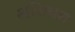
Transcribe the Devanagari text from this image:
अशियन